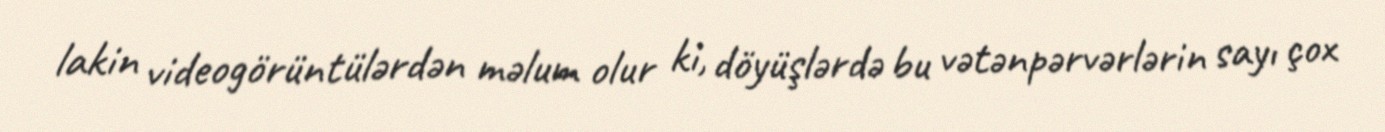
lakin videogörüntülərdən məlum olur ki, döyüşlərdə bu vətənpərvərlərin sayı çox